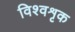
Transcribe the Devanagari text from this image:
विश्वशृक